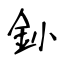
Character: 釥